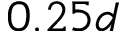
0 . 2 5 d